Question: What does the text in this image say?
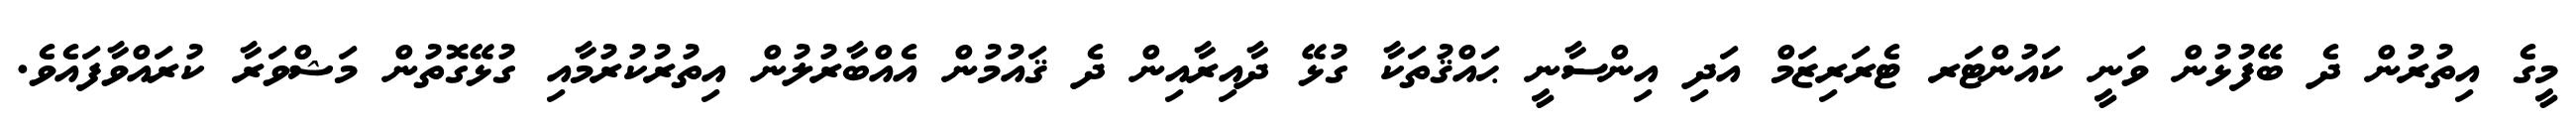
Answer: މީގެ އިތުރުން ދެ ބޭފުޅުން ވަނީ ކައުންޓަރ ޓެރަރިޒަމް އަދި އިންސާނީ ޙައްޤުތަކާ ގުޅޭ ދާއިރާއިން ދެ ޤައުމުން އެއްބާރުލުން އިތުރުކުރުމާއި ގުޅޭގޮތުން މަޝްވަރާ ކުރައްވާފައެވެ.